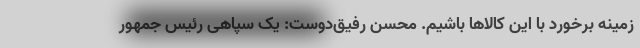
زمینه برخورد با این کالاها باشیم. محسن رفیق‌دوست: یک سپاهی رئیس جمهور